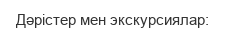
Дәрістер мен экскурсиялар: